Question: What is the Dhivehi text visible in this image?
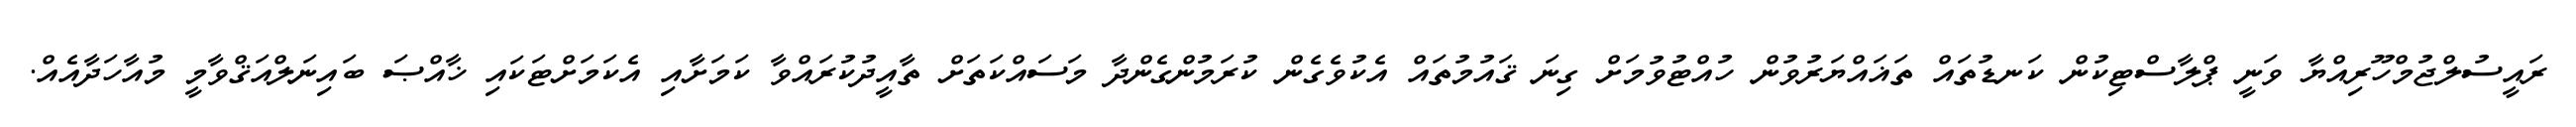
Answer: ރައީސުލްޖުމްހޫރިއްޔާ ވަނީ ޕްލާސްޓިކުން ކަނޑުތައް ތަޣައްޔަރުވުން ހުއްޓުވުމަށް ގިނަ ޤައުމުތައް އެކުވެގެން ކުރަމުންގެންދާ މަސައްކަތަށް ތާއީދުކުރައްވާ ކަމަށާއި އެކަމަށްޓަކައި ޚާއްޞަ ބައިނަލްއަޤްވާމީ މުއާހަދާއެއް.